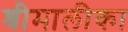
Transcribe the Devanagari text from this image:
श्रीमालीका